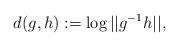
LaTeX: \begin{align*} d(g,h) := \log ||g^{-1}h||,\end{align*}